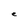
Character: e